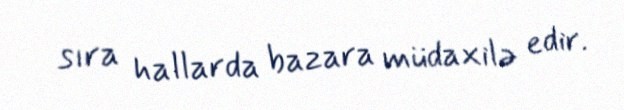
sıra hallarda bazara müdaxilə edir.